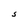
Character: S